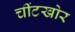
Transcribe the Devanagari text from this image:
चींटखोर